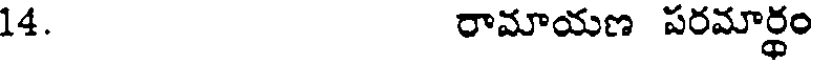
14. రామాయణ పరమార్థం